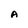
Character: A